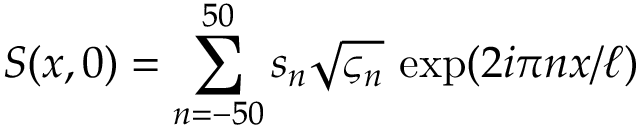
S ( x , 0 ) = \sum _ { n = - 5 0 } ^ { 5 0 } s _ { n } \sqrt { \varsigma _ { n } } \, \exp ( 2 i \pi n x / \ell )